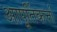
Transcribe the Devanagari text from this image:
आपूर्तिकर्त्ता